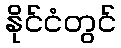
နိုင်ငံတွင်